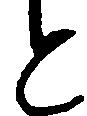
と